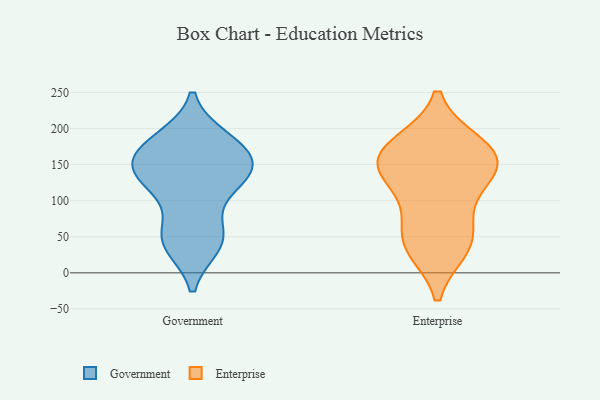
{"axis": {"x": "Energy Usage (MWh)", "y": "Value"}, "legend": ["Enterprise", "Government"], "data": [{"x": "", "y": 133, "type": "Government"}, {"x": "", "y": 130, "type": "Government"}, {"x": "", "y": 40, "type": "Government"}, {"x": "", "y": 171, "type": "Government"}, {"x": "", "y": 46, "type": "Government"}, {"x": "", "y": 55, "type": "Government"}, {"x": "", "y": 167, "type": "Government"}, {"x": "", "y": 184, "type": "Government"}, {"x": "", "y": 142, "type": "Government"}, {"x": "", "y": 133, "type": "Government"}, {"x": "", "y": 121, "type": "Government"}, {"x": "", "y": 180, "type": "Government"}, {"x": "", "y": 47, "type": "Government"}, {"x": "", "y": 159, "type": "Government"}, {"x": "", "y": 133, "type": "Enterprise"}, {"x": "", "y": 155, "type": "Enterprise"}, {"x": "", "y": 38, "type": "Enterprise"}, {"x": "", "y": 48, "type": "Enterprise"}, {"x": "", "y": 178, "type": "Enterprise"}, {"x": "", "y": 131, "type": "Enterprise"}, {"x": "", "y": 35, "type": "Enterprise"}, {"x": "", "y": 82, "type": "Enterprise"}, {"x": "", "y": 172, "type": "Enterprise"}, {"x": "", "y": 170, "type": "Enterprise"}, {"x": "", "y": 145, "type": "Enterprise"}]}